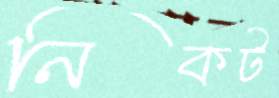
নিকট